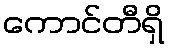
ကောင်တီရှိ